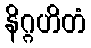
နိဂ္ဂဟိတံ